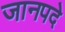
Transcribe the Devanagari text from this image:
जानपदे